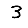
Digit: 3